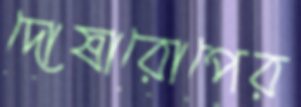
দোষারোপের